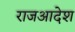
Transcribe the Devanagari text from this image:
राजआदेश